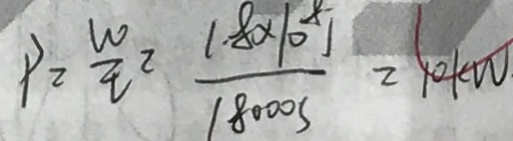
P = \frac { W } { t } = \frac { 1 . 8 \times 1 0 ^ { 8 } J } { 1 8 0 0 0 S } = 1 0 K W